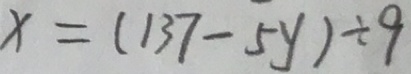
x = ( 1 3 7 - 5 y ) \div 9